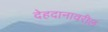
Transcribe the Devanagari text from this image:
देहदानावरील